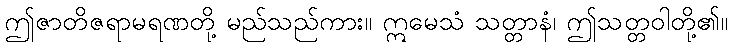
ဤဇာတိဇရာမရဏတို့ မည်သည်ကား။ ဣမေသံ သတ္တာနံ၊ ဤသတ္တဝါတို့၏။